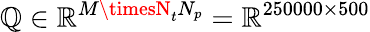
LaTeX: \mathbb{Q}\in\mathbb{{R}}^{M\timesN_{t}N_{p}}=\mathbb{{R}}^{250000\times500}